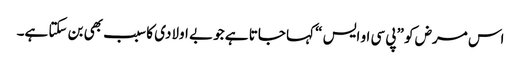
اس مرض کو ”پی سی او ایس “ کہا جاتا ہے جو بے اولادی کا سبب بھی بن سکتا ہے۔